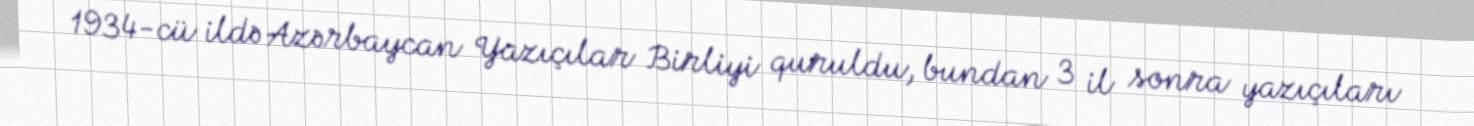
1934-cü ildə Azərbaycan Yazıçılar Birliyi quruldu, bundan 3 il sonra yazıçıları